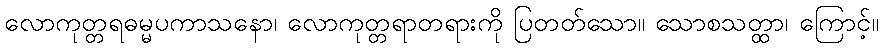
လောကုတ္တရဓမ္မပကာသနော၊ လောကုတ္တရာတရားကို ပြတတ်သော။ သောစသတ္ထာ၊ ကြောင့်။